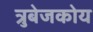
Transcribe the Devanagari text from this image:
त्रुबेजकोय